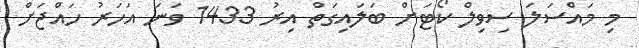
މި މައްސަލަ ސިވިލް ކޯޓަށް ބަލައިގަތް އިރު 1433 ވަނަ އަހަރު ހައްޖަށް